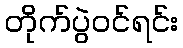
တိုက်ပွဲဝင်ရင်း